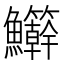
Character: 𬵾